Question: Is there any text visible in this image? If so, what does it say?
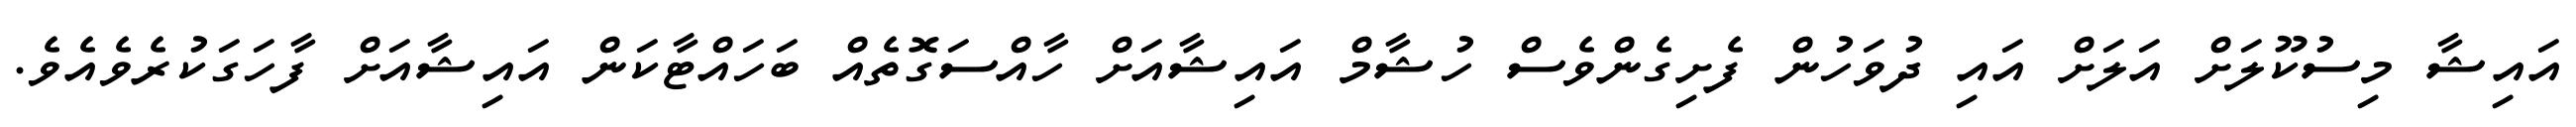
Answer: އައިޝާ މިސުކޫލަށް އަލަށް އައި ދުވަހުން ފެށިގެންވެސް ހުޝާމް އައިޝާއަށް ހާއްސަގޮތެއް ބަހައްޓާކަން އައިޝާއަށް ފާހަގަކުރެވެއެވެ.